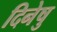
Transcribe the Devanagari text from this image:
दिनेषु